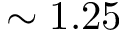
\sim 1 . 2 5